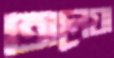
তালেয়া